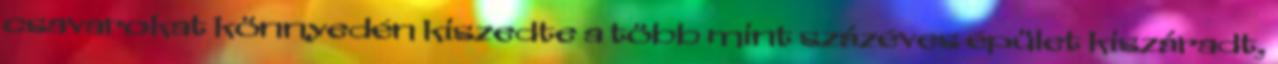
csavarokat könnyedén kiszedte a több mint százéves épület kiszáradt,